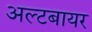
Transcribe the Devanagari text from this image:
अल्टबायर